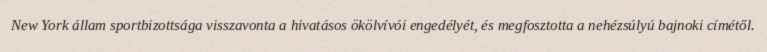
New York állam sportbizottsága visszavonta a hivatásos ökölvívói engedélyét, és megfosztotta a nehézsúlyú bajnoki címétől.